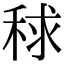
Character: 𥟇